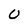
Character: U